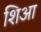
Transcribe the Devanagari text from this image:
शिआ